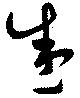
盛